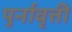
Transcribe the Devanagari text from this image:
पुर्नावृत्ती